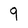
Character: 9